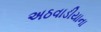
અઠવાડીયાના